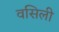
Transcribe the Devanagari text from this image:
वसिली